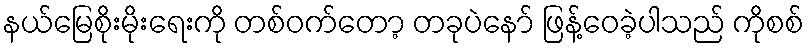
နယ်မြေစိုးမိုးရေးကို တစ်ဝက်တော့ တခုပဲနော် ဖြန့်ဝေခဲ့ပါသည် ကိုစစ်